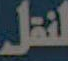
لنقل